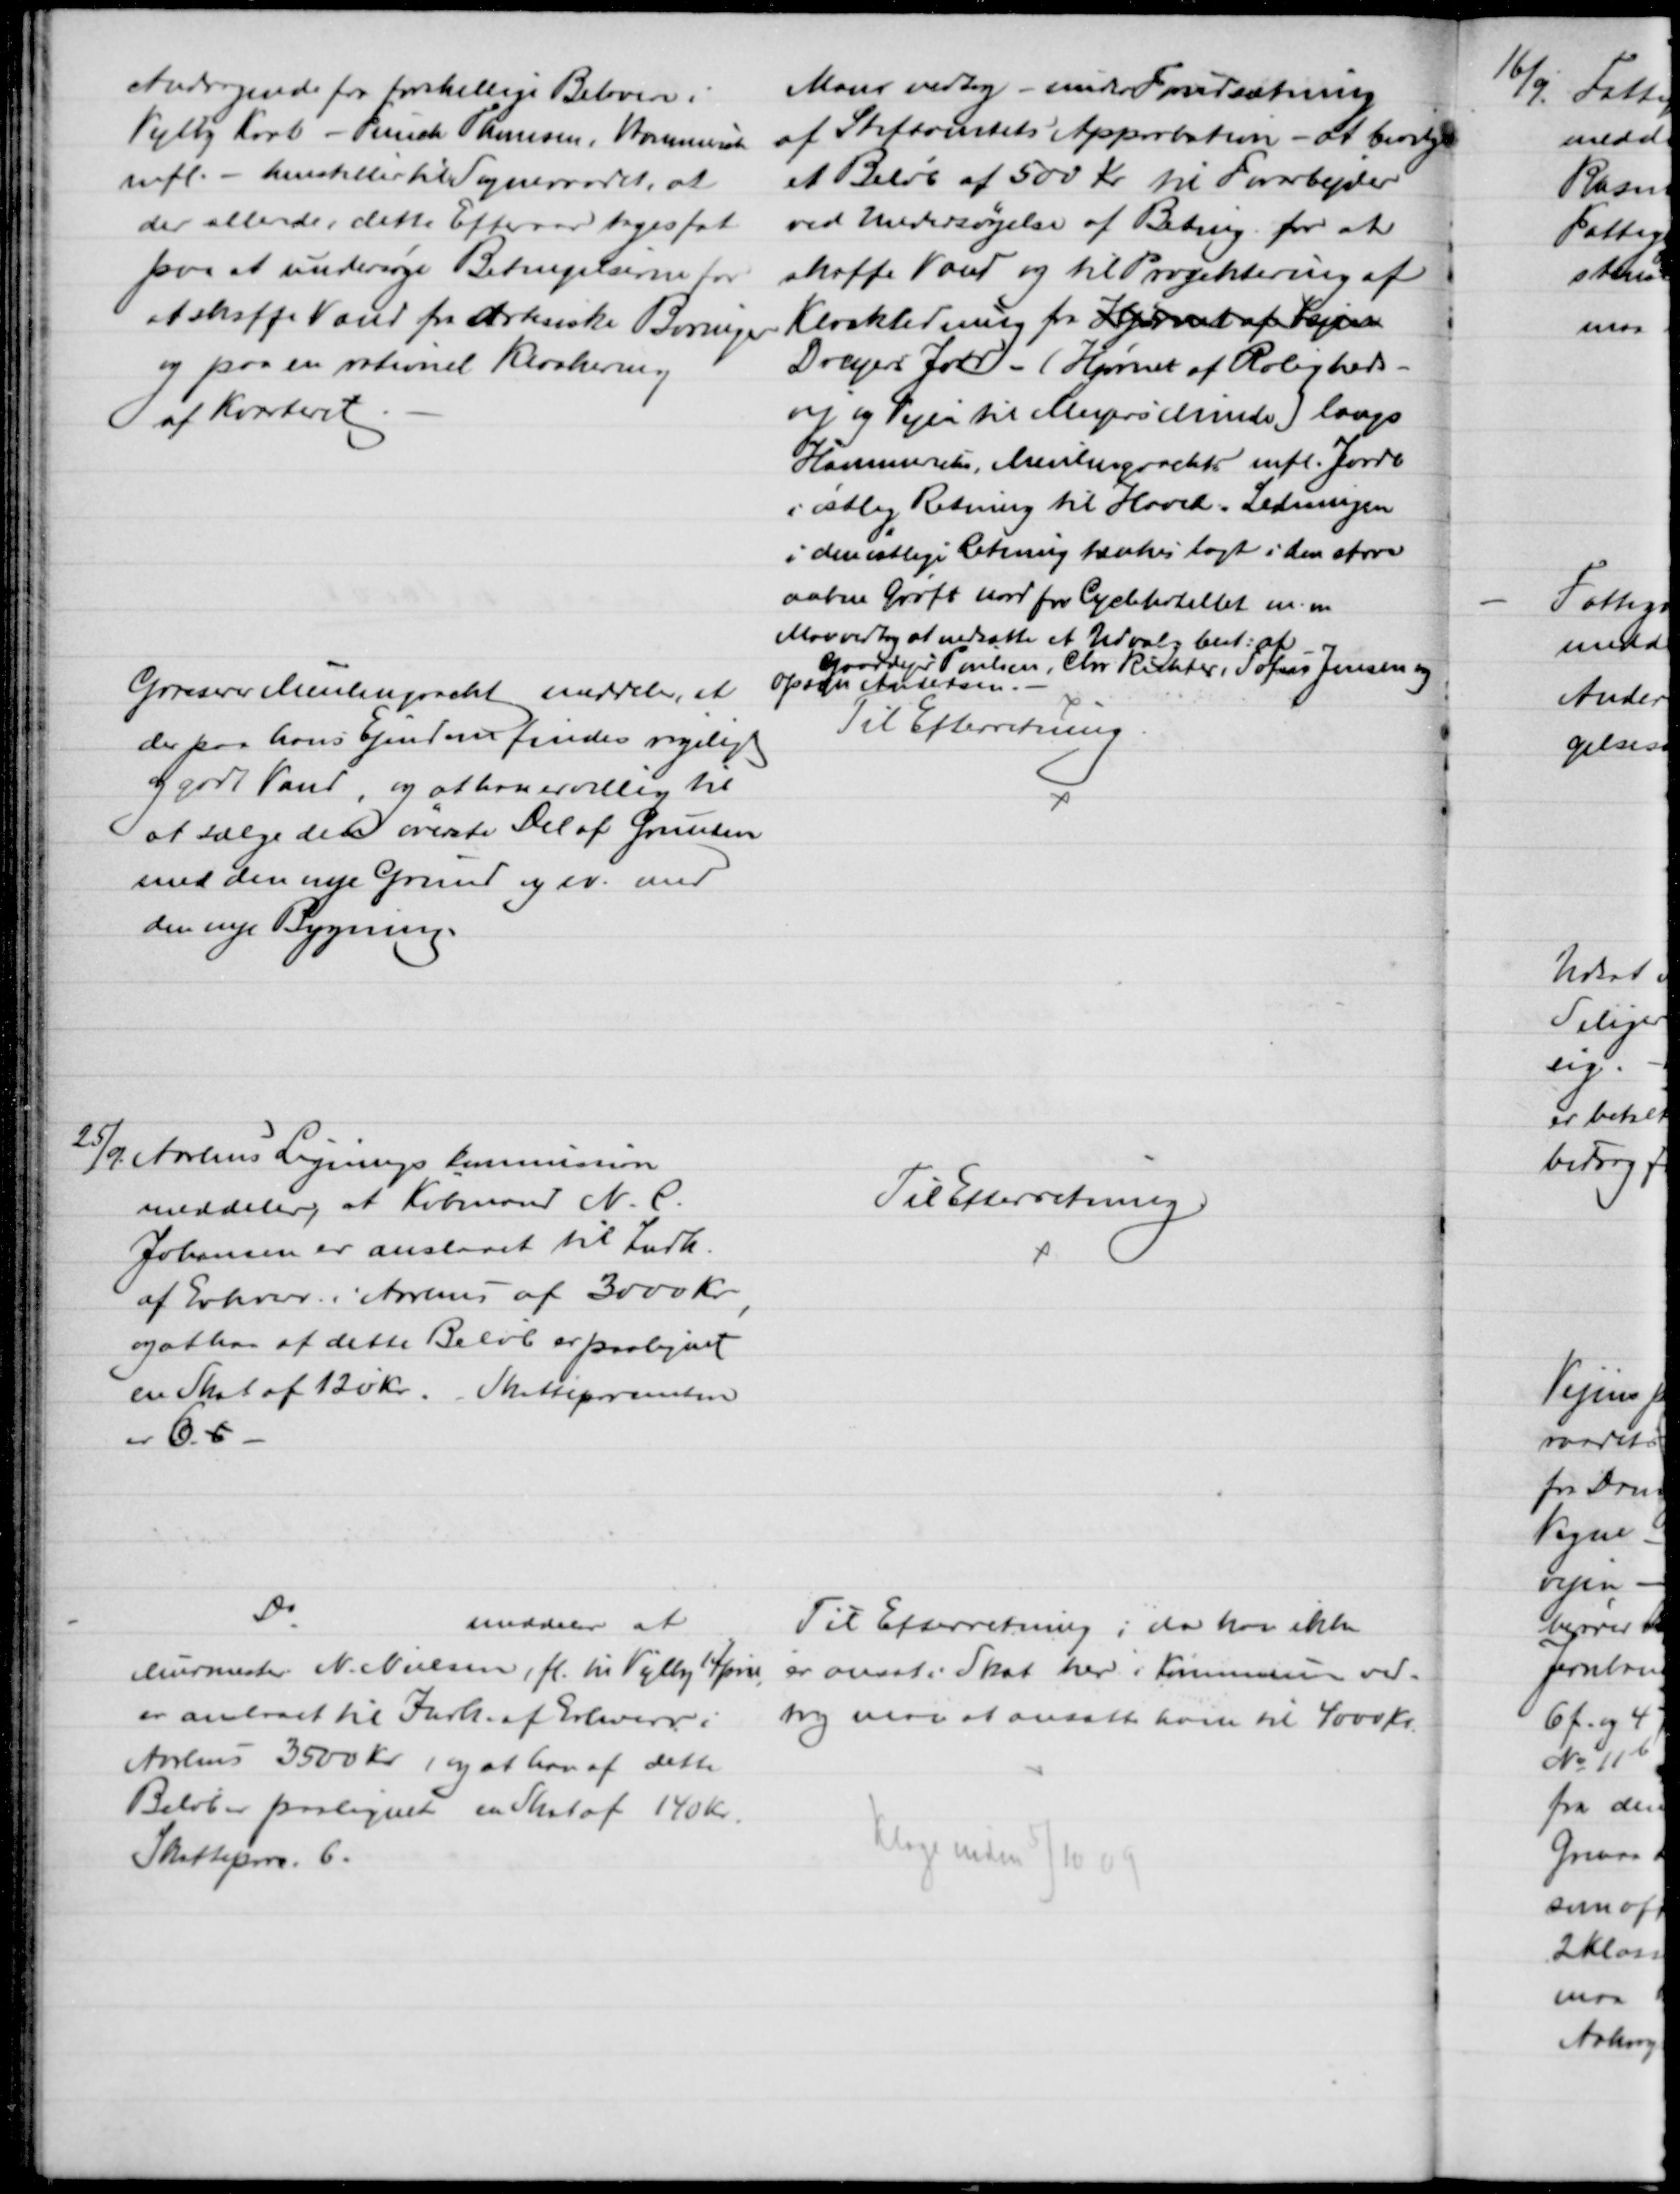
Transskription:
Andragende for forskellige Beboere i
Vejlby Krat - Funch Thomsen, Hammerich
mfl. - henstiller til Sogneraadet, at
der allerede i dette Efteraar tages fat
paa at undersøge Betingelserne for
at skaffe Vand fra Artesiske Boringer
og paa en rationel Kloarkering
af Kvarteret
Man vedtog - under Forudsætning
af Stiftamtets Approbation - at bevilge
et Beløb af 500 Kr. til Forarbejder
ved Undersøgelse af Boring for at
skaffe Vand og til Projektering af 
Kloakledning fra Hjørnet af Vejen
Dreyers Jord. - (Hjørnet af Roligheds-
vej og Vejen til Meyers Minde) langs
Hammerichs, Meulengrachts mfl. Jorde
i østlig Retning til Hoved-Ledningen 
i den østlige Retning tænkes lagt i den store
aabne Grøft nord for Cyclehotellet m. m
Man vedtog at nedsætte et Udvalg best: af
Gaardejer Poulsen, Chr. Richter, Sofus Jensen og
Opsyn Andersen.
Grosserer Meulengracht meddeler, at
der paa hans Ejendom findes rigeligt
og godt Vand, og at han er villig til
at sælge den øverste Del af Grunden
med den nye Grund og ev. med
den nye Bygning
Til Efterretning
25/9. Aarhus Ligningskommission
meddeler, at Købmand N. C.
Johansen er anslaaet til Indk.
af Erhverv i Aarhus af 3000 Kr
og at han af dette Beløb er paalignet
en Skat af 120 Kr. Skatteprocenten
er 6.5
Til Efterretning
Do
meddeler at
Murermester N. Nielsen, fl. til Vejlby 1 April
er anlaaet til Indk. af Erhverv i
Aarhus 3500 Kr, og at han af dette
Beløb er paalignet en Skat af 140 Kr.
Skatteproc. 6.
Til Efterretning; da han ikke
er ansat i Skat her i Kommunen ved-
tog man at ansætte ham til 4000 Kr.
Klage inden 5/10 09